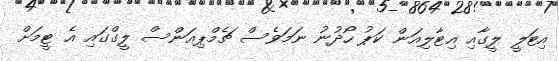
އިޓަލީ ލީގާއި އިޓާލިއަން ކަޕު ހޯދުނު ނަމަވެސް ޗެމްޕިއަންސް ލީގްގައި އެ ޓީމަށް